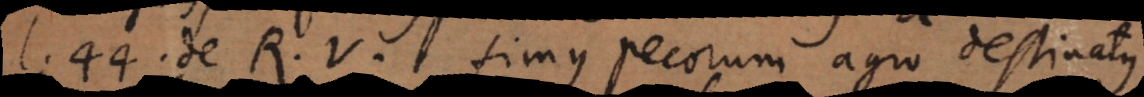
l. 44. de Rei Vindicatione, fimus pecorum agro destinatus,